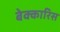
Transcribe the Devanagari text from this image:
बेक्कारिस